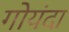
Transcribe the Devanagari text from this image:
गोयंदा